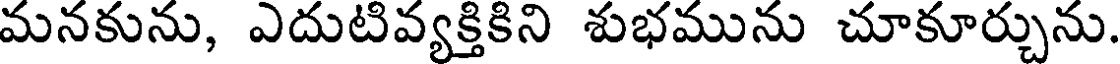
మనకును, ఎదుటివ్యక్తికిని శుభమును చూకూర్చును.